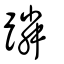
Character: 蹸